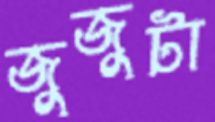
জুজুটা